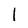
Character: l